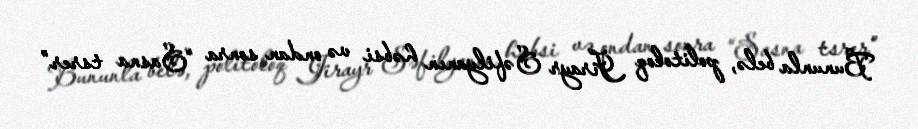
Bununla belə, politoloq Jirayr Səfilyanın həbsi və ondan sonra “Sasna tsrer”